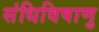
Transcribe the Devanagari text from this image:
संधिविषाणु